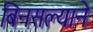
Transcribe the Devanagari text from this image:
बिनसल्याने